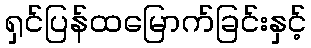
ရှင်ပြန်ထမြောက်ခြင်းနှင့်